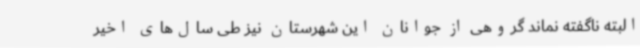
البته ناگفته نماند گروهی از جوانان این شهرستان نیز طی سال‌های اخیر